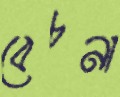
বেচনা